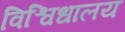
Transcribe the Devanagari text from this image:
विश्विधालय